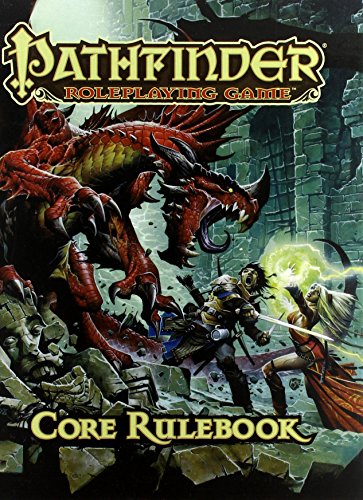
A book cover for Pathfinder Roleplaying Game: Core Rulebook; Jason Bulmahn; Science Fiction & Fantasy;